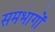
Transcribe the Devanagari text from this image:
समभागों